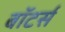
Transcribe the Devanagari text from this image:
बॉटर्स